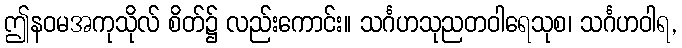
ဤနဝမအကုသိုလ် စိတ်၌ လည်းကောင်း။ သင်္ဂဟသုညတဝါရေသုစ၊ သင်္ဂဟဝါရ,